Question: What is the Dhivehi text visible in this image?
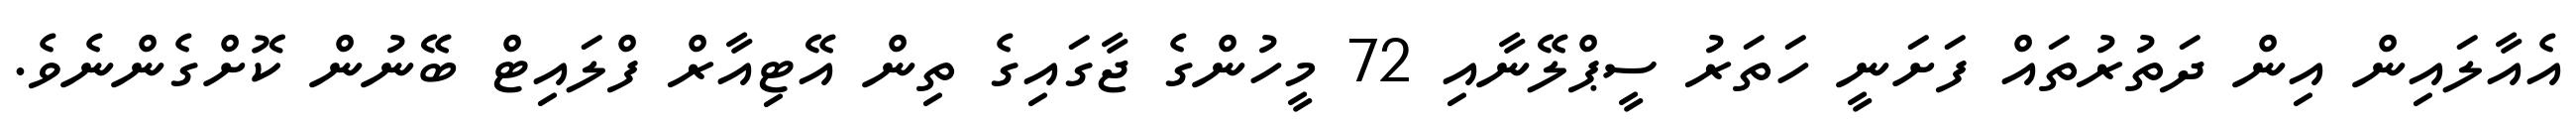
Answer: އެއާލައިން އިން ދަތުރުތައް ފަށަނީ ހަތަރު ސީޕްލޭނާއި 72 މީހުންގެ ޖާގައިގެ ތިން އޭޓިއާރް ފްލައިޓް ބޭނުން ކޮށްގެންނެވެ.